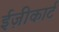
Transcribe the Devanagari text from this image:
ईज़ीकार्ट